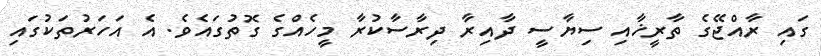
ގައި ރާއްޖޭގެ ތާރީޚާއި ސިޔާސީ ދާއިރާ ދިރާސާކުރާ މީހެއްގެ ގޮތުގައެވެ. އެ އަހަރުތަކުގައި